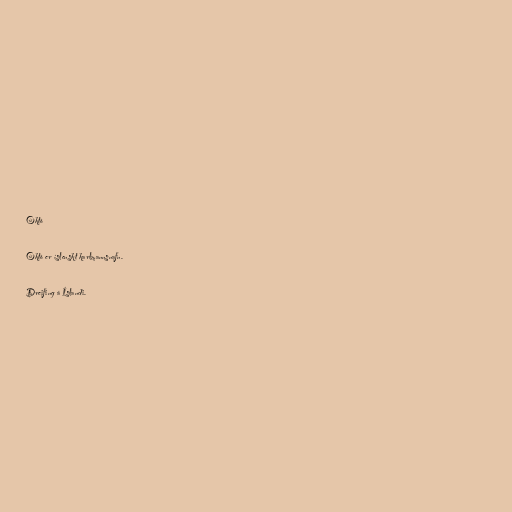
Októ

Októ er íslenskt karlmannsnafn.

Dreifing á Íslandi.